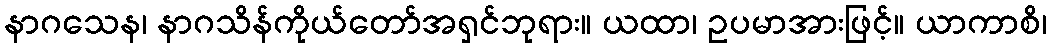
နာဂသေန၊ နာဂသိန်ကိုယ်တော်အရှင်ဘုရား။ ယထာ၊ ဥပမာအားဖြင့်။ ယာကာစိ၊